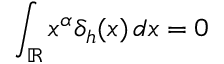
\int _ { \mathbb { R } } x ^ { \alpha } \delta _ { h } ( x ) \, d x = 0